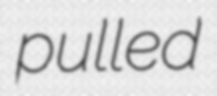
pulled